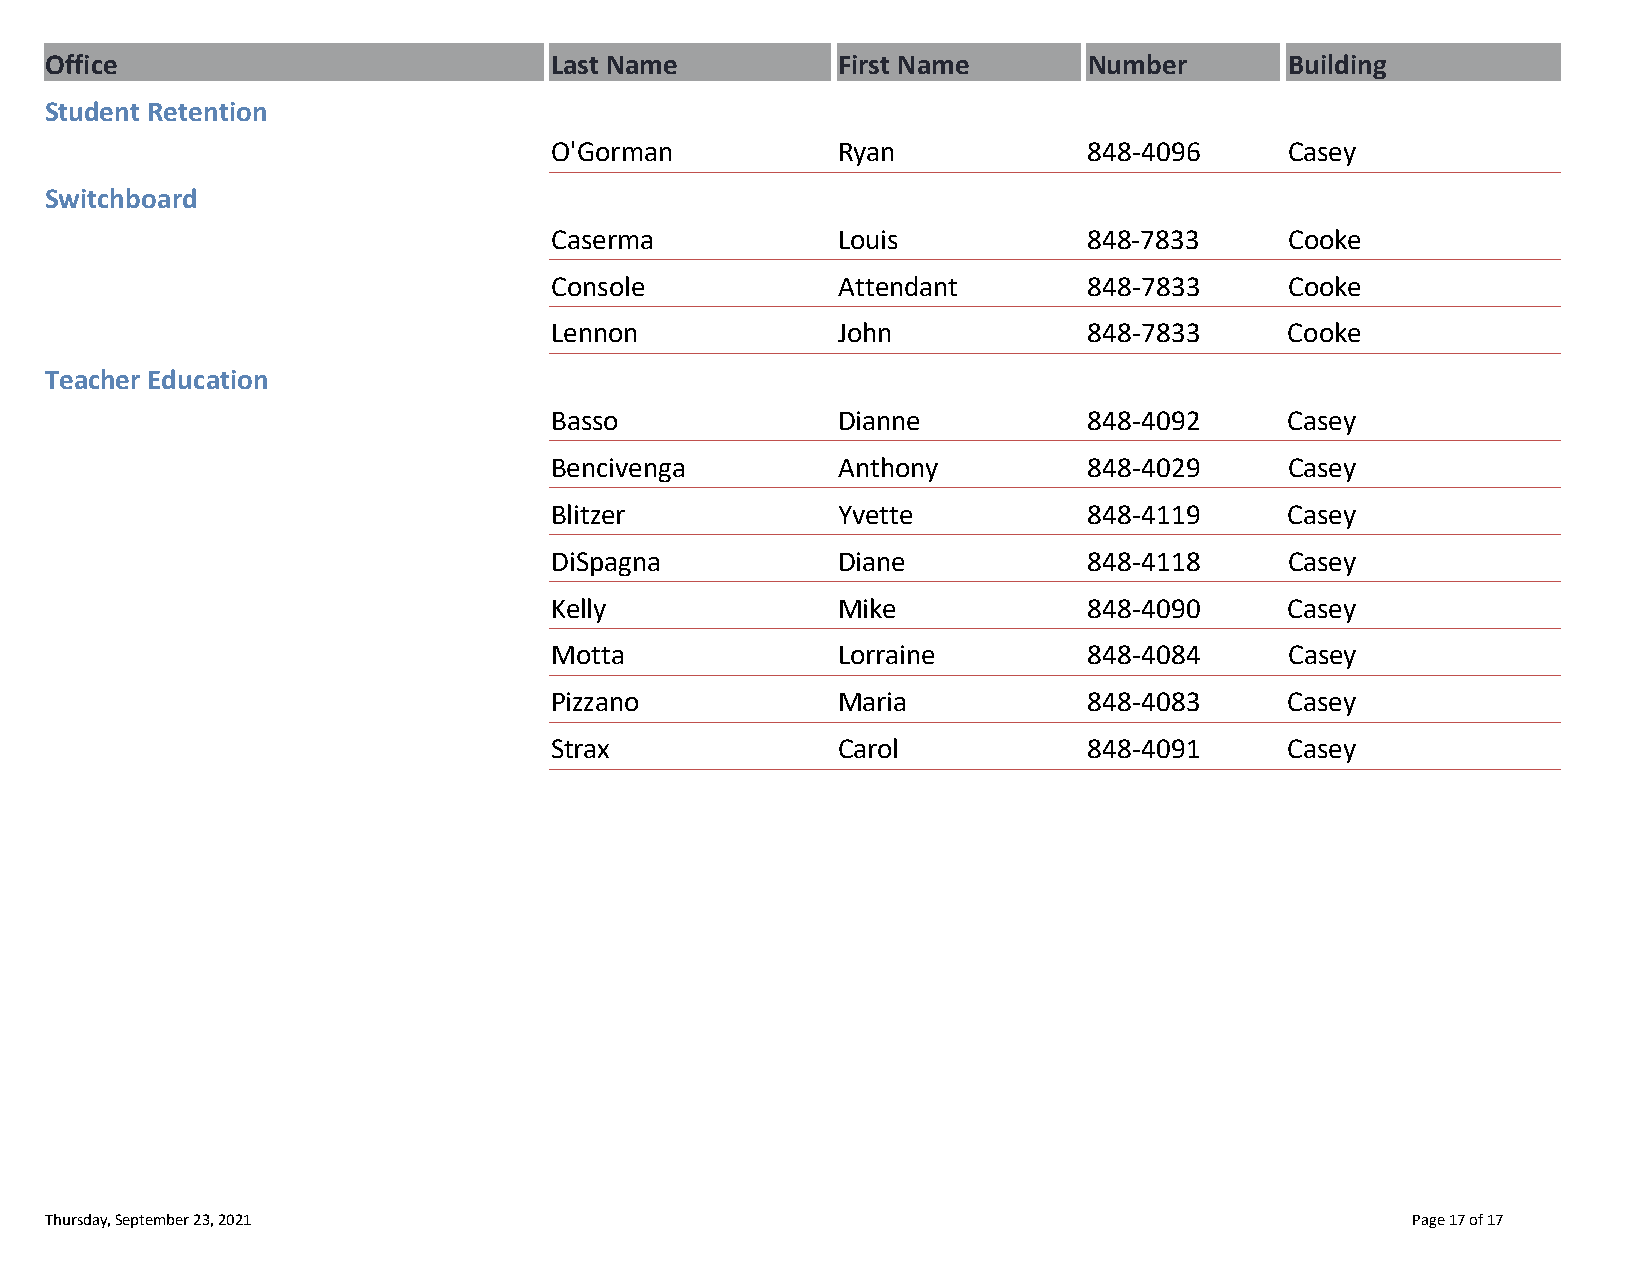
Office                           Last Name          First Name       Number       Building
 Student Retention
 O'Gorman           Ryan             848‐4096     Casey
 Switchboard
 Caserma            Louis            848‐7833     Cooke
 Console            Attendant        848‐7833     Cooke
 Lennon             John             848‐7833     Cooke
 Teacher Education
 Basso              Dianne           848‐4092     Casey
 Bencivenga         Anthony          848‐4029     Casey
 Blitzer            Yvette           848‐4119     Casey
 DiSpagna           Diane            848‐4118     Casey
 Kelly              Mike             848‐4090     Casey
 Motta              Lorraine         848‐4084     Casey
 Pizzano            Maria            848‐4083     Casey
 Strax              Carol            848‐4091     Casey
 Thursday, September 23, 2021                                                              Page 17 of 17